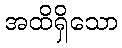
အထိရှိသော